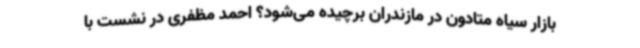
بازار سیاه متادون در مازندران برچیده می‌شود؟ احمد مظفری در نشست با